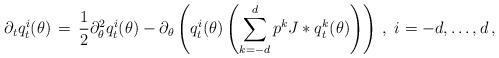
LaTeX: \begin{align*} \partial_t q^i_t(\theta)\, =\, \frac12 \partial^2_\theta q^i_t(\theta)- \partial_\theta\left(q^i_t(\theta)\left(\sum_{k=-d}^d p^k J*q^k_t (\theta)\right)\right)\, ,\ i=-d, \ldots, d\, ,\end{align*}